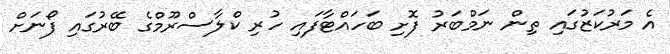
އެ މަރުކަޒުގައި ތިން ނަމްބަރު ފޮށި ބަހައްޓާފައި ހުރި ކްލާސްރޫމްގެ ބޭރުގައި ފޯނަށް